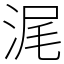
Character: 浘